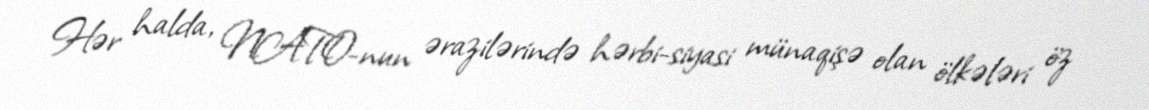
Hər halda, NATO-nun ərazilərində hərbi-siyasi münaqişə olan ölkələri öz